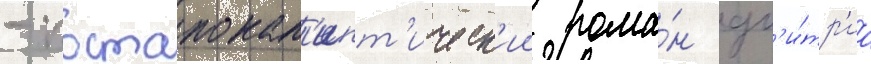
- постапокал'ипт'ическ'ии рома́н дм'и́тр'иа